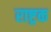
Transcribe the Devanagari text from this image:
राष्ट्रक